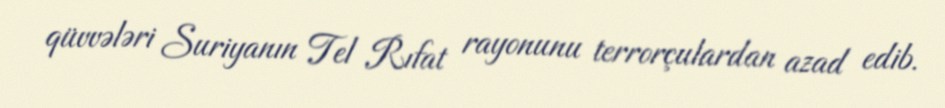
qüvvələri Suriyanın Tel Rıfat rayonunu terrorçulardan azad edib.